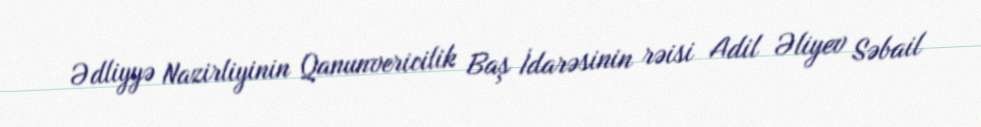
Ədliyyə Nazirliyinin Qanunvericilik Baş İdarəsinin rəisi Adil Əliyev Səbail